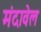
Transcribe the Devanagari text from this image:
मंदावेल